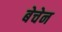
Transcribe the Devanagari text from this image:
बेचेन